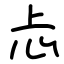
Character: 忐